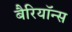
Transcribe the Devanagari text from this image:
बैरियॉन्स